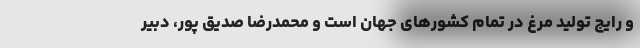
و رایج تولید مرغ در تمام کشور‌های جهان است و محمدرضا صدیق پور، دبیر